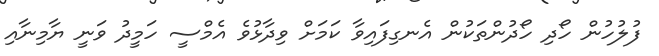
ފުލުހުން ހޯދި ހޯދުންތަކުން އެނގިފައިވާ ކަމަށް ވިދާޅުވެ އެމްސީ ހަމީދު ވަނީ ޔާމިނާއި